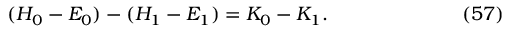
( H _ { 0 } - E _ { 0 } ) - ( H _ { 1 } - E _ { 1 } ) = K _ { 0 } - K _ { 1 } . \eqno ( 5 7 )